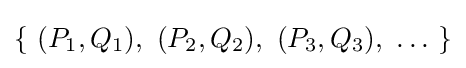
\left\{\ (P_{1},Q_{1}),\ (P_{2},Q_{2}),\ (P_{3},Q_{3}),\ \ldots \ \right\}